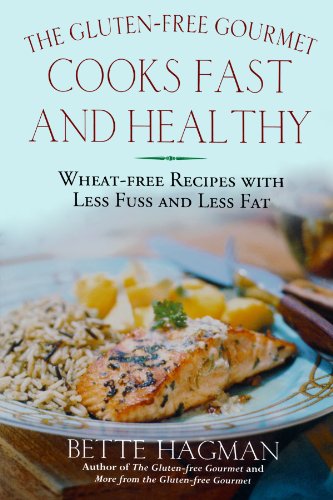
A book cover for The Gluten-Free Gourmet Cooks Fast and Healthy: Wheat-Free and Gluten-Free with Less Fuss and Less Fat; Bette Hagman; Cookbooks, Food & Wine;